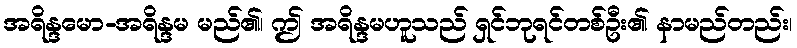
အရိန္ဒမော-အရိန္ဒမ မည်၏၊ ဤ အရိန္ဒမဟူသည် ရှင်ဘုရင်တစ်ဦး၏ နာမည်တည်း၊